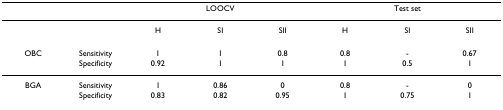
|  |  | <COLSPAN=3> LOOCV | <COLSPAN=3> Test set |
 | --- | --- | --- | --- | --- | --- | --- | --- |
 |  |  | H | SI | SII | H | SI | SII |
 | OBC | Sensitivity | 1 | 1 | 0.8 | 0.8 | - | 0.67 |
 |  | Specificity | 0.92 | 1 | 1 | 1 | 0.5 | 1 |
 | BGA | Sensitivity | 1 | 0.86 | 0 | 0.8 | - | 0 |
 |  | Specificity | 0.83 | 0.82 | 0.95 | 1 | 0.75 | 1 |